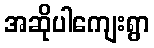
အဆိုပါကျေးရွာ